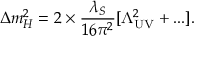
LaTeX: \Delta m _ { H } ^ { 2 } = 2 \times { \frac { \lambda _ { S } } { 1 6 \pi ^ { 2 } } } [ \Lambda _ { \mathrm { U V } } ^ { 2 } + . . . ] .